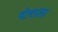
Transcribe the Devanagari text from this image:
दोराला